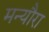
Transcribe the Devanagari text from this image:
मन्यौरा